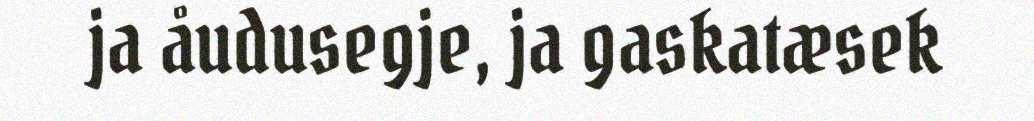
ja åudusegje, ja gaskatæsek